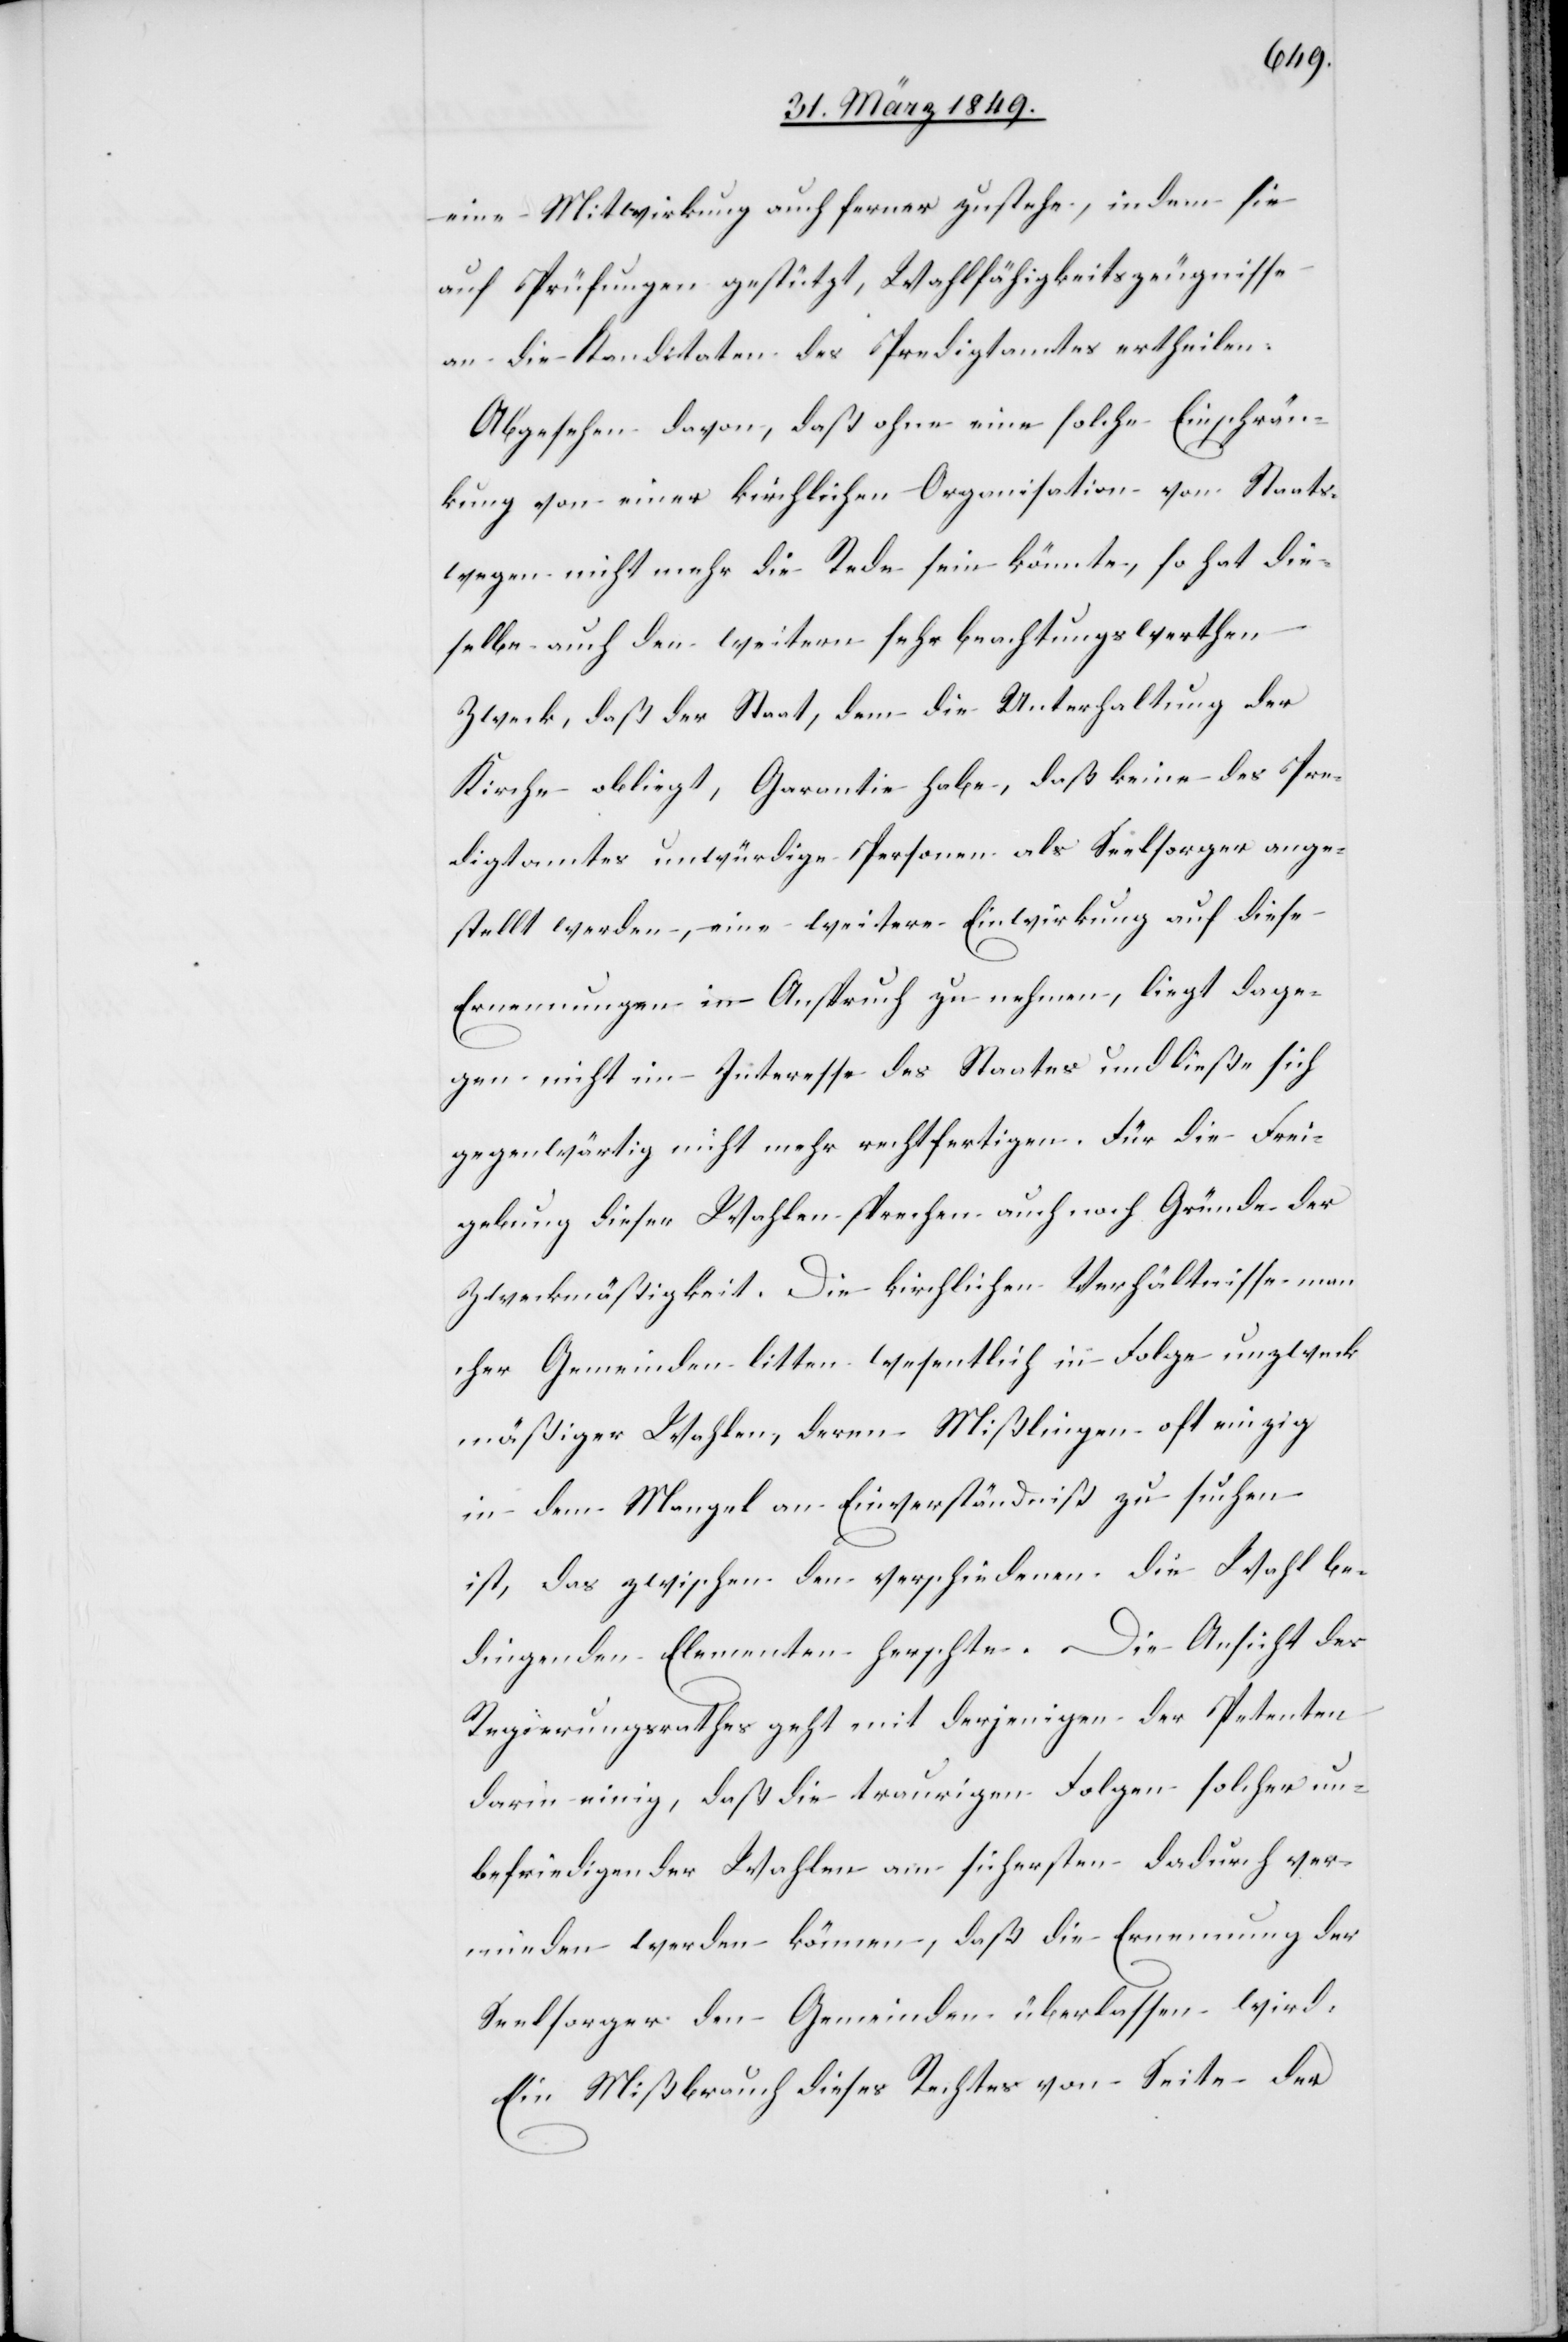
eine Mitwirkung auch ferner zustehe, indem sie
auf Prüfungen gestützt, Wahlfähigkeitszeugnisse
an die Kandidaten des Predigtamtes ertheilen.
Abgesehen davon, daß ohne eine solche Einschrän¬
kung von einer kirchlichen Organisation von Staats¬
wegen nicht mehr die Rede sein könnte, so hat die¬
selbe auch den weitern sehr beachtungswerthen
Zweck, daß der Staat, dem die Unterhaltung der
Kirche obliegt, die Garantie habe, daß keine des Pre¬
digtamtes unwürdige Personen als Seelsorger ange¬
stellt werden, eine weitere Einwirkung auf diese
Ernennungen in Anspruch zu nehmen, liegt dage¬
gen nicht im Interesse des Staates und ließe sich
gegenwärtig nicht mehr rechtfertigen. Für die Frei¬
gebung dieser Wahlen sprechen auch noch Gründe der
Zweckmäßigkeit. Die kirchlichen Verhältnisse man¬
cher Gemeinden litten wesentlich in Folge unzweck¬
mäßiger Wahlen, deren Mißlingen oft einzig
in dem Mangel an Einverständniß zu suchen
ist, das zwischen den verschiedenen die Wahl be¬
dingenden Elementen herschte [sic!]. Die Ansicht des
Regierungsrathes geht mit derjenigen der Petenten
darin einig, daß die traurigen Folgen solcher un¬
befriedigender Wahlen am sichersten dadurch ver¬
mieden werden können, daß die Ernennung der
Seelsorger den Gemeinden überlassen wird.
Ein Mißbrauch dieses Rechtes von Seite der